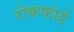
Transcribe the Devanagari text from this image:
रोकफोर्ड